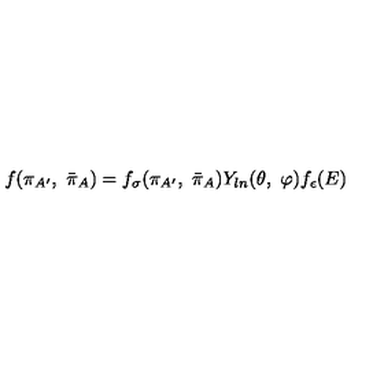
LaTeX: f ( \pi _ { A ^ { \prime } } , \ { \bar { \pi } } _ { A } ) = f _ { \sigma } ( \pi _ { A ^ { \prime } } , \ { \bar { \pi } } _ { A } ) Y _ { l n } ( \theta , \ \varphi ) f _ { \epsilon } ( E )